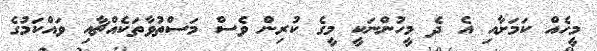
މީހެއް ކަމަށާއި އެ ދެ މީހުންނަކީ މީގެ ކުރިން ވެސް މަސްތުވާތަކެއްޗާއި ވައްކަމުގެ